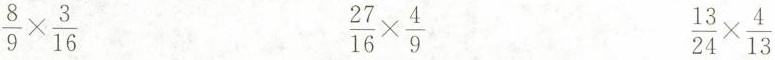
$$\frac { 8 } { 9 } \times \frac { 3 } { 16 }$$ $$\frac { 27 } { 16 } \times \frac { 4 } { 9 }$$ $$\frac { 13 } { 24 } \times \frac{ 4 } { 13 }$$